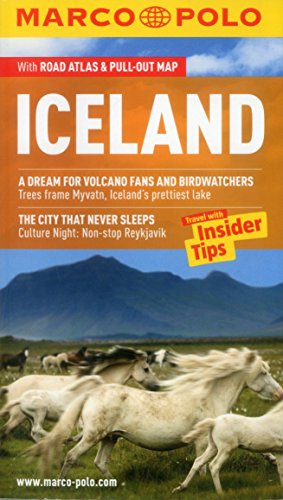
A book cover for Iceland Marco Polo Guide (Marco Polo Guides); Marco Polo Travel; Travel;